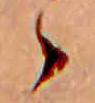
ゝ